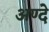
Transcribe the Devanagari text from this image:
अण्दे